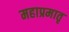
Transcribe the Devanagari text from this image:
महाप्रमातृ